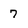
Character: 7